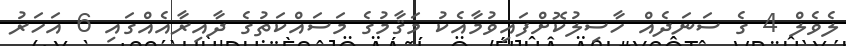
ލެވެލް 4 ގެ ސަނަދެއް ހާސިލުކޮށްފައިވުމާއެކު މަޤާމުގެ މަސައްކަތުގެ ދާއިރާއެއްގައި 6 އަހަރު